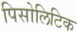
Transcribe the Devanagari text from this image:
पिसोलिटिक